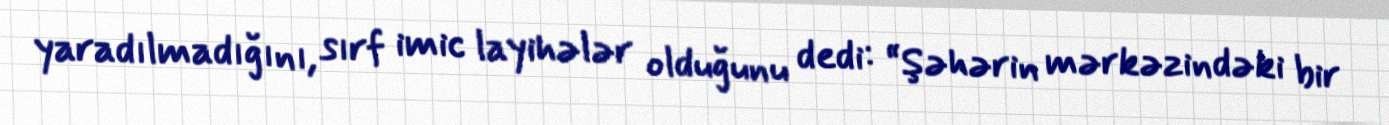
yaradılmadığını, sırf imic layihələr olduğunu dedi: “Şəhərin mərkəzindəki bir